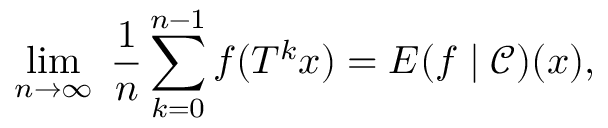
\operatorname* { l i m } _ { n \rightarrow \infty } \; { \frac { 1 } { n } } \sum _ { k = 0 } ^ { n - 1 } f ( T ^ { k } x ) = E ( f \mid { \mathcal { C } } ) ( x ) ,